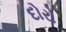
દોરો